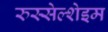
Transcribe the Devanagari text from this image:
रुस्सेल्शेइम